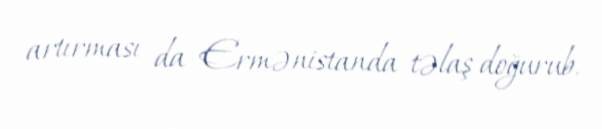
artırması da Ermənistanda təlaş doğurub.